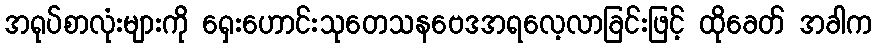
အရုပ်စာလုံးများကို ရှေးဟောင်းသုတေသနဗေဒအရလေ့လာခြင်းဖြင့် ထိုခေတ် အခါက